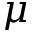
\mu